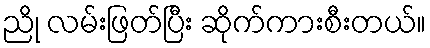
ညို လမ်းဖြတ်ပြီး ဆိုက်ကားစီးတယ်။